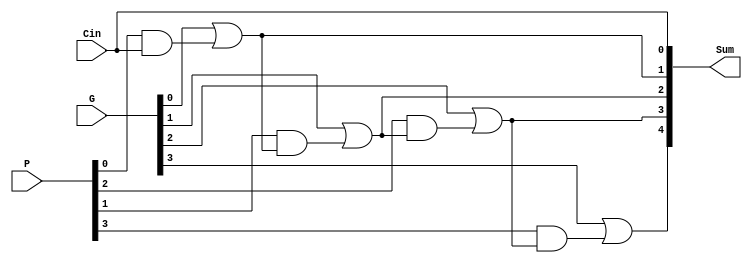
`timescale 1ns / 1ps

module CLA_gen(
input [3:0] P, G,
input Cin,
output [4:0] Sum
);
assign Sum[0] = Cin;
assign Sum[1] = G[0]  | (P[0] & Cin);
assign Sum[2] = G[1]  | (P[1] & (G[0]  | (P[0] & Cin)));
assign Sum[3] = G[2]  | (P[2] &  (G[1]  | (P[1] & (G[0]  | (P[0] & Cin)))));
assign Sum[4] = G[3]  | (P[3] & (G[2]  | (P[2] &  (G[1]  | (P[1] & (G[0]  | (P[0] & Cin)))))));
endmodule